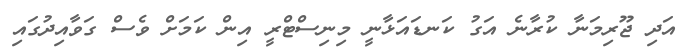
އަދި ޖޫރިމަނާ ކުރާނެ އަގު ކަނޑައަޅާނީ މިނިސްްޓްރީ އިން ކަމަށް ވެސް ގަވާއިދުގައި